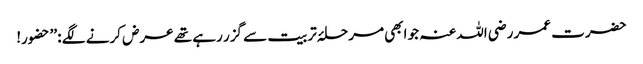
حضرت عمر رضی اللہ عنہ جو ابھی مرحلۂ تربیت سے گزر رہے تھے عرض کرنے لگے : ’’حضور!